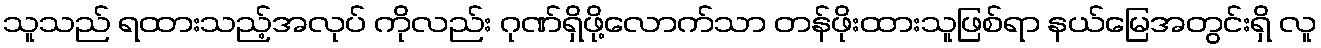
သူသည် ရထားသည့်အလုပ် ကိုလည်း ဂုဏ်ရှိဖို့လောက်သာ တန်ဖိုးထားသူဖြစ်ရာ နယ်မြေအတွင်းရှိ လူ